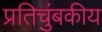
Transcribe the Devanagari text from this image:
प्रतिचुंबकीय